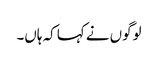
لوگوں نے کہا کہ ہاں۔